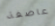
عاصفة